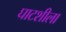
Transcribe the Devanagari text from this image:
घाटशीला